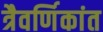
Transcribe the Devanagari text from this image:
त्रैवर्णिकांत